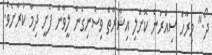
ދޯ." މިރާހް ސިއްރުން ކޮށްލި އިޝާރާތް ވިސްނިގެން ލީވާން ފެށީ ދިމާ ކުރާށެވެ.